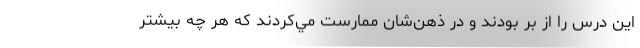
اين درس را از بر بودند و در ذهن‌شان ممارست مي‌كردند كه هر چه بيشتر